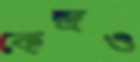
কেন্দ্রও